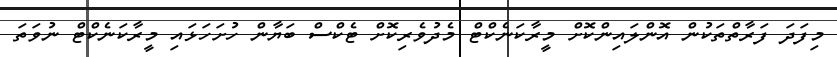
މިފަދަ ފަރާތްތަކުން އޮންލައިންކޮށް މީރާކަނެކްޓް މެދުވެރިކޮށް ޓެކްސް ބަޔާން ހުށަހަޅައި މީރާކަނެކްޓް ނުވަތަ